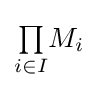
{\textstyle \prod \limits _{i\in I}}M_{i}